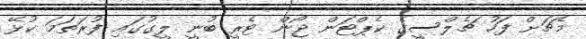
މެޗަށް ފަހު ޗެލްސީގެ ކެޕްޓަން ޖޯން ޓެރީ ބުނީ ލީގުގައި ފުރަތަމަ ކުޅޭ